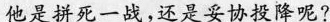
他是拼死一战,还是妥协投降呢?